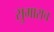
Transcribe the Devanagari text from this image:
सुमाराच